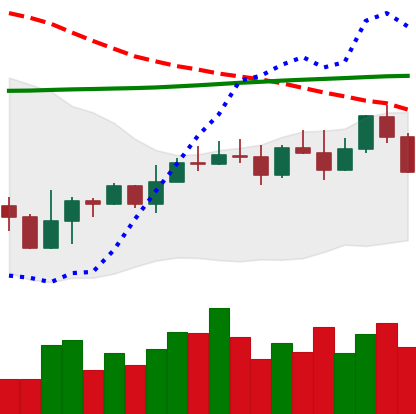
Ticker: EOS-USD
Chart end date: 2022-11-06
Forward return: -16.119%
Label: down_7plus